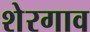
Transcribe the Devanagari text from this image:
शेरगाव